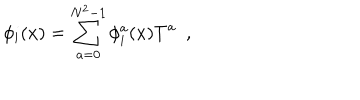
LaTeX: \phi _ { i } ( x ) = \sum _ { a = 0 } ^ { N ^ { 2 } - 1 } \phi _ { i } ^ { a } ( x ) T ^ { a } ~ ~ , ~ ~